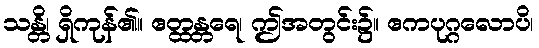
သန္တိ၊ ရှိကုန်၏။ ဧတ္ထန္တရေ၊ ဤအတွင်း၌။ ဧကပုဂ္ဂလောပိ၊